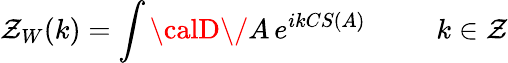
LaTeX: \mathcal{Z}_{W}(k)=\int{\calD\/ }A\, e^{ikCS(A)}\; \; \; \; \; \; \; \; \; k\in{\mathbf{\mathcal{Z}}}